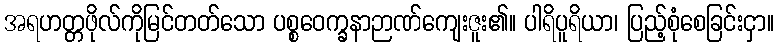
အရဟတ္တဖိုလ်ကိုမြင်တတ်သော ပစ္စဝေက္ခနာဉာဏ်ကျေးဇူး၏။ ပါရိပူရိယာ၊ ပြည့်စုံစေခြင်းငှာ။